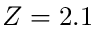
Z = 2 . 1